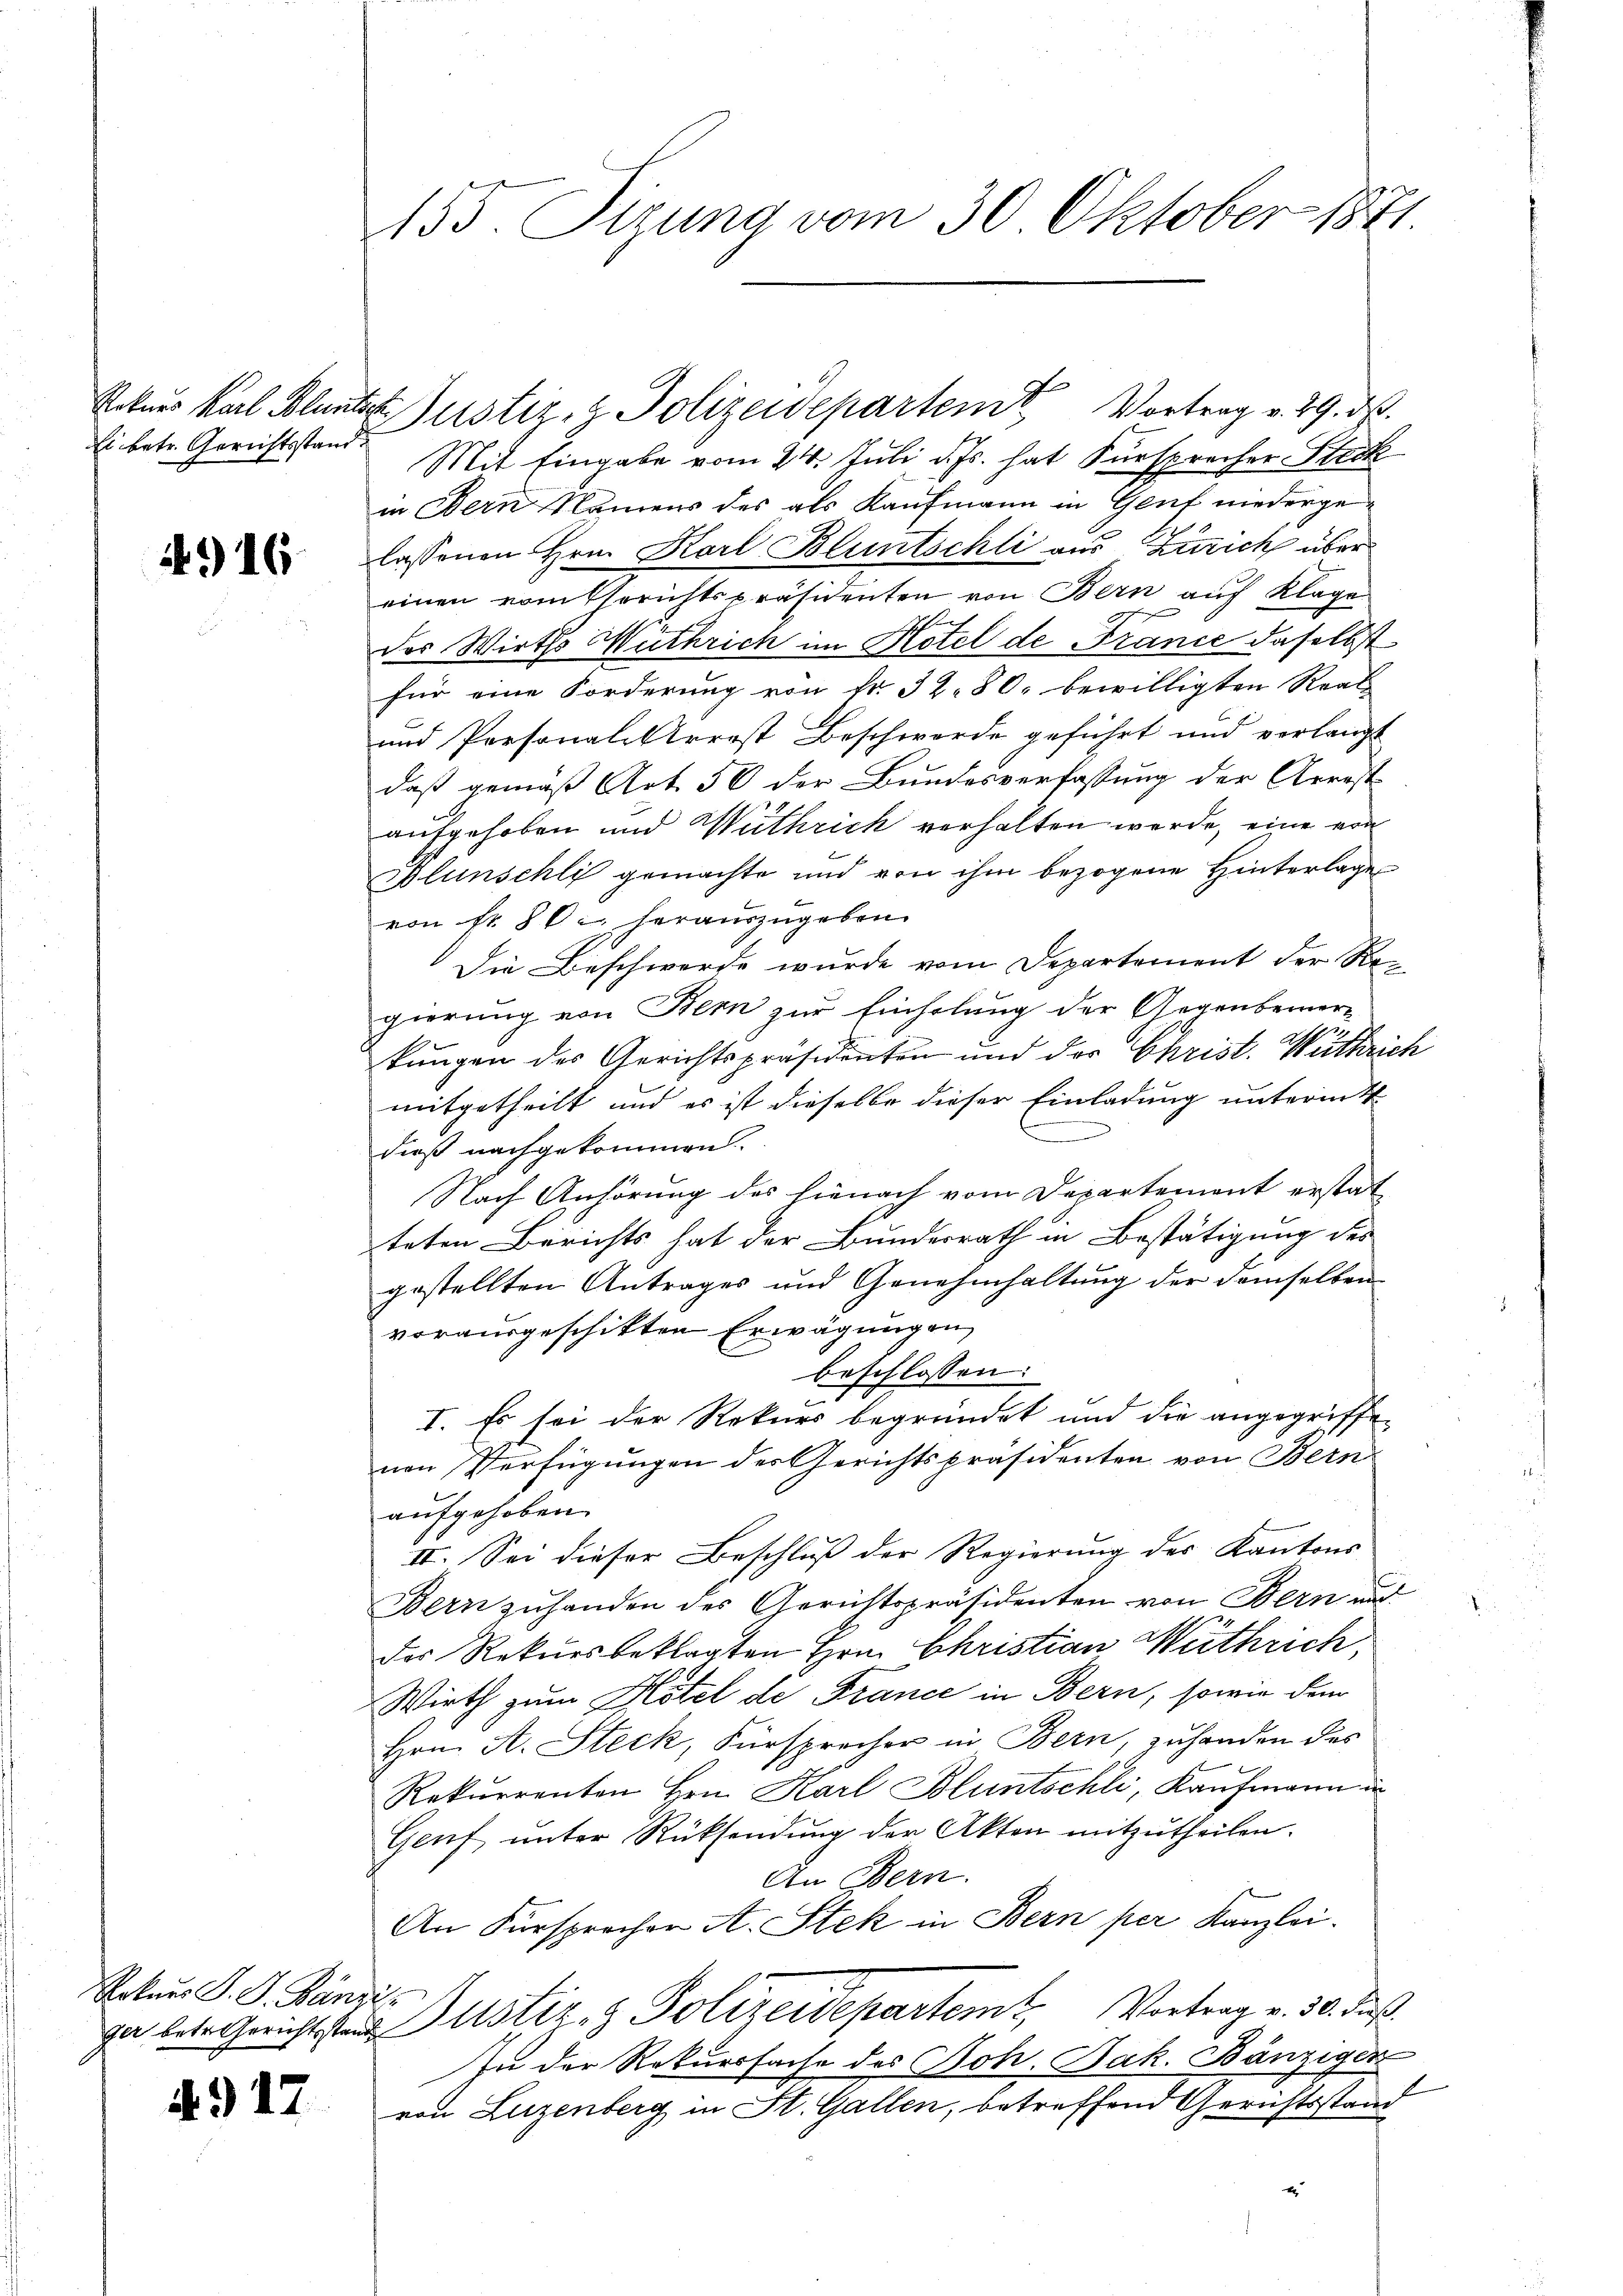
1916

Rekurs P. G. Bänzi¬

4917

Ei betr. Gerichtsstand

Mit Eingabe vom 24. Juli d. Js. hat Fürsprecher Steck
in Bern Namens des als Kaufmann in Genf niedergelassenen Hrn. Karl Bluntschli aus Zürich über
einen vom Errichtspräsidenten von Bern auf Klage
e
des Wirths Wuthrich im Hotel de France daselbst
für eine Forderung von fr. 32. 80. bewilligten Real
und Personalisterst Beschwerde geführt und verlangt
daß gemäß Art. 56 der Bundesverfassung der Arrest
aufgehoben und Wüthrich verhalten werde, eine era
Blunschli gemachte und von ihm bezogene Hinterlage
von fr. 80. heraŭszŭgeben.
Die Beschwerde wurde vom Departement der Regierung von Bern zur Einholung der Gegenbemerkungen der Gerichtspräsidenten und der Christ. Wüthrich
mitgetheilt und es ist dieselbe dieser Einladung unterint
u
dieß nachgekommen.
Nach Anhörung des hienach vom Departement erstat
teten Berichts hat der Bundesrath in Bestätigung des
gestellten Antrages und Genehmhaltung der demselben
vorausgeschikten Erwägungen
beschlossen:
I. Es sei der Rekurs begründet und die angegriffen
nen Verfügungen des Gerichtspräsidenten von Bern
aufgehoben.
II. Sei dieser Beschluß der Regierung des Kantons
Bern zuhanden des Gerichtspräsidenten von Bern und
des Rekursbeklagten Hrn. Christian Müthrich,
Wirth zum Hotel de France in Bern, sowie dem
Hrn. A. Steck, Fürsprecher in Bern, zuhanden des
Rekurrenten Hrn. Karl Bluntschli, Kaufmann in
Genf unter Rücksendung der Akten mitzutheilen.
Den Bern.
An Fürsprochen A. Stek in Bern per Kanzlei
ja betr. Gericht stand Justiz- & Polizeidepartem Vortrag v. 30. Fuß.
In der Rekurssache des Boh. Jak. Bänziger
von Luzenberg in St. Gallen, betreffend Gerichtsstand
2

155. Sizung vom 30. Oktober 1871.

Rekurs Karl Blauter Justiz- & Polizeidepartem Vortrag v. 29. ds.